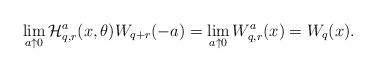
LaTeX: \begin{align*}\lim_{a\uparrow 0}\mathcal{H}^a_{q,r}(x,\theta)W_{q+r}(-a)=\lim_{a\uparrow 0}W_{q,r}^a(x)=W_q(x). \end{align*}